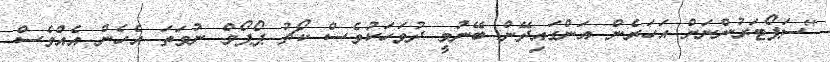
"ސަޕޯޓަރުންނަށް އަހަރެން އަންގައިދޭން ބޭނުމީ ދުވަހަކުވެސް ކޯޗު ޕޯޕޯވް ނުވަތަ އެހެން އެއްވެސް